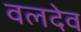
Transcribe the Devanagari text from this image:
वलदेव